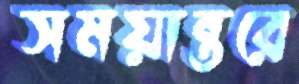
সময়ান্তরে